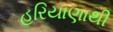
હરિયાણાથી